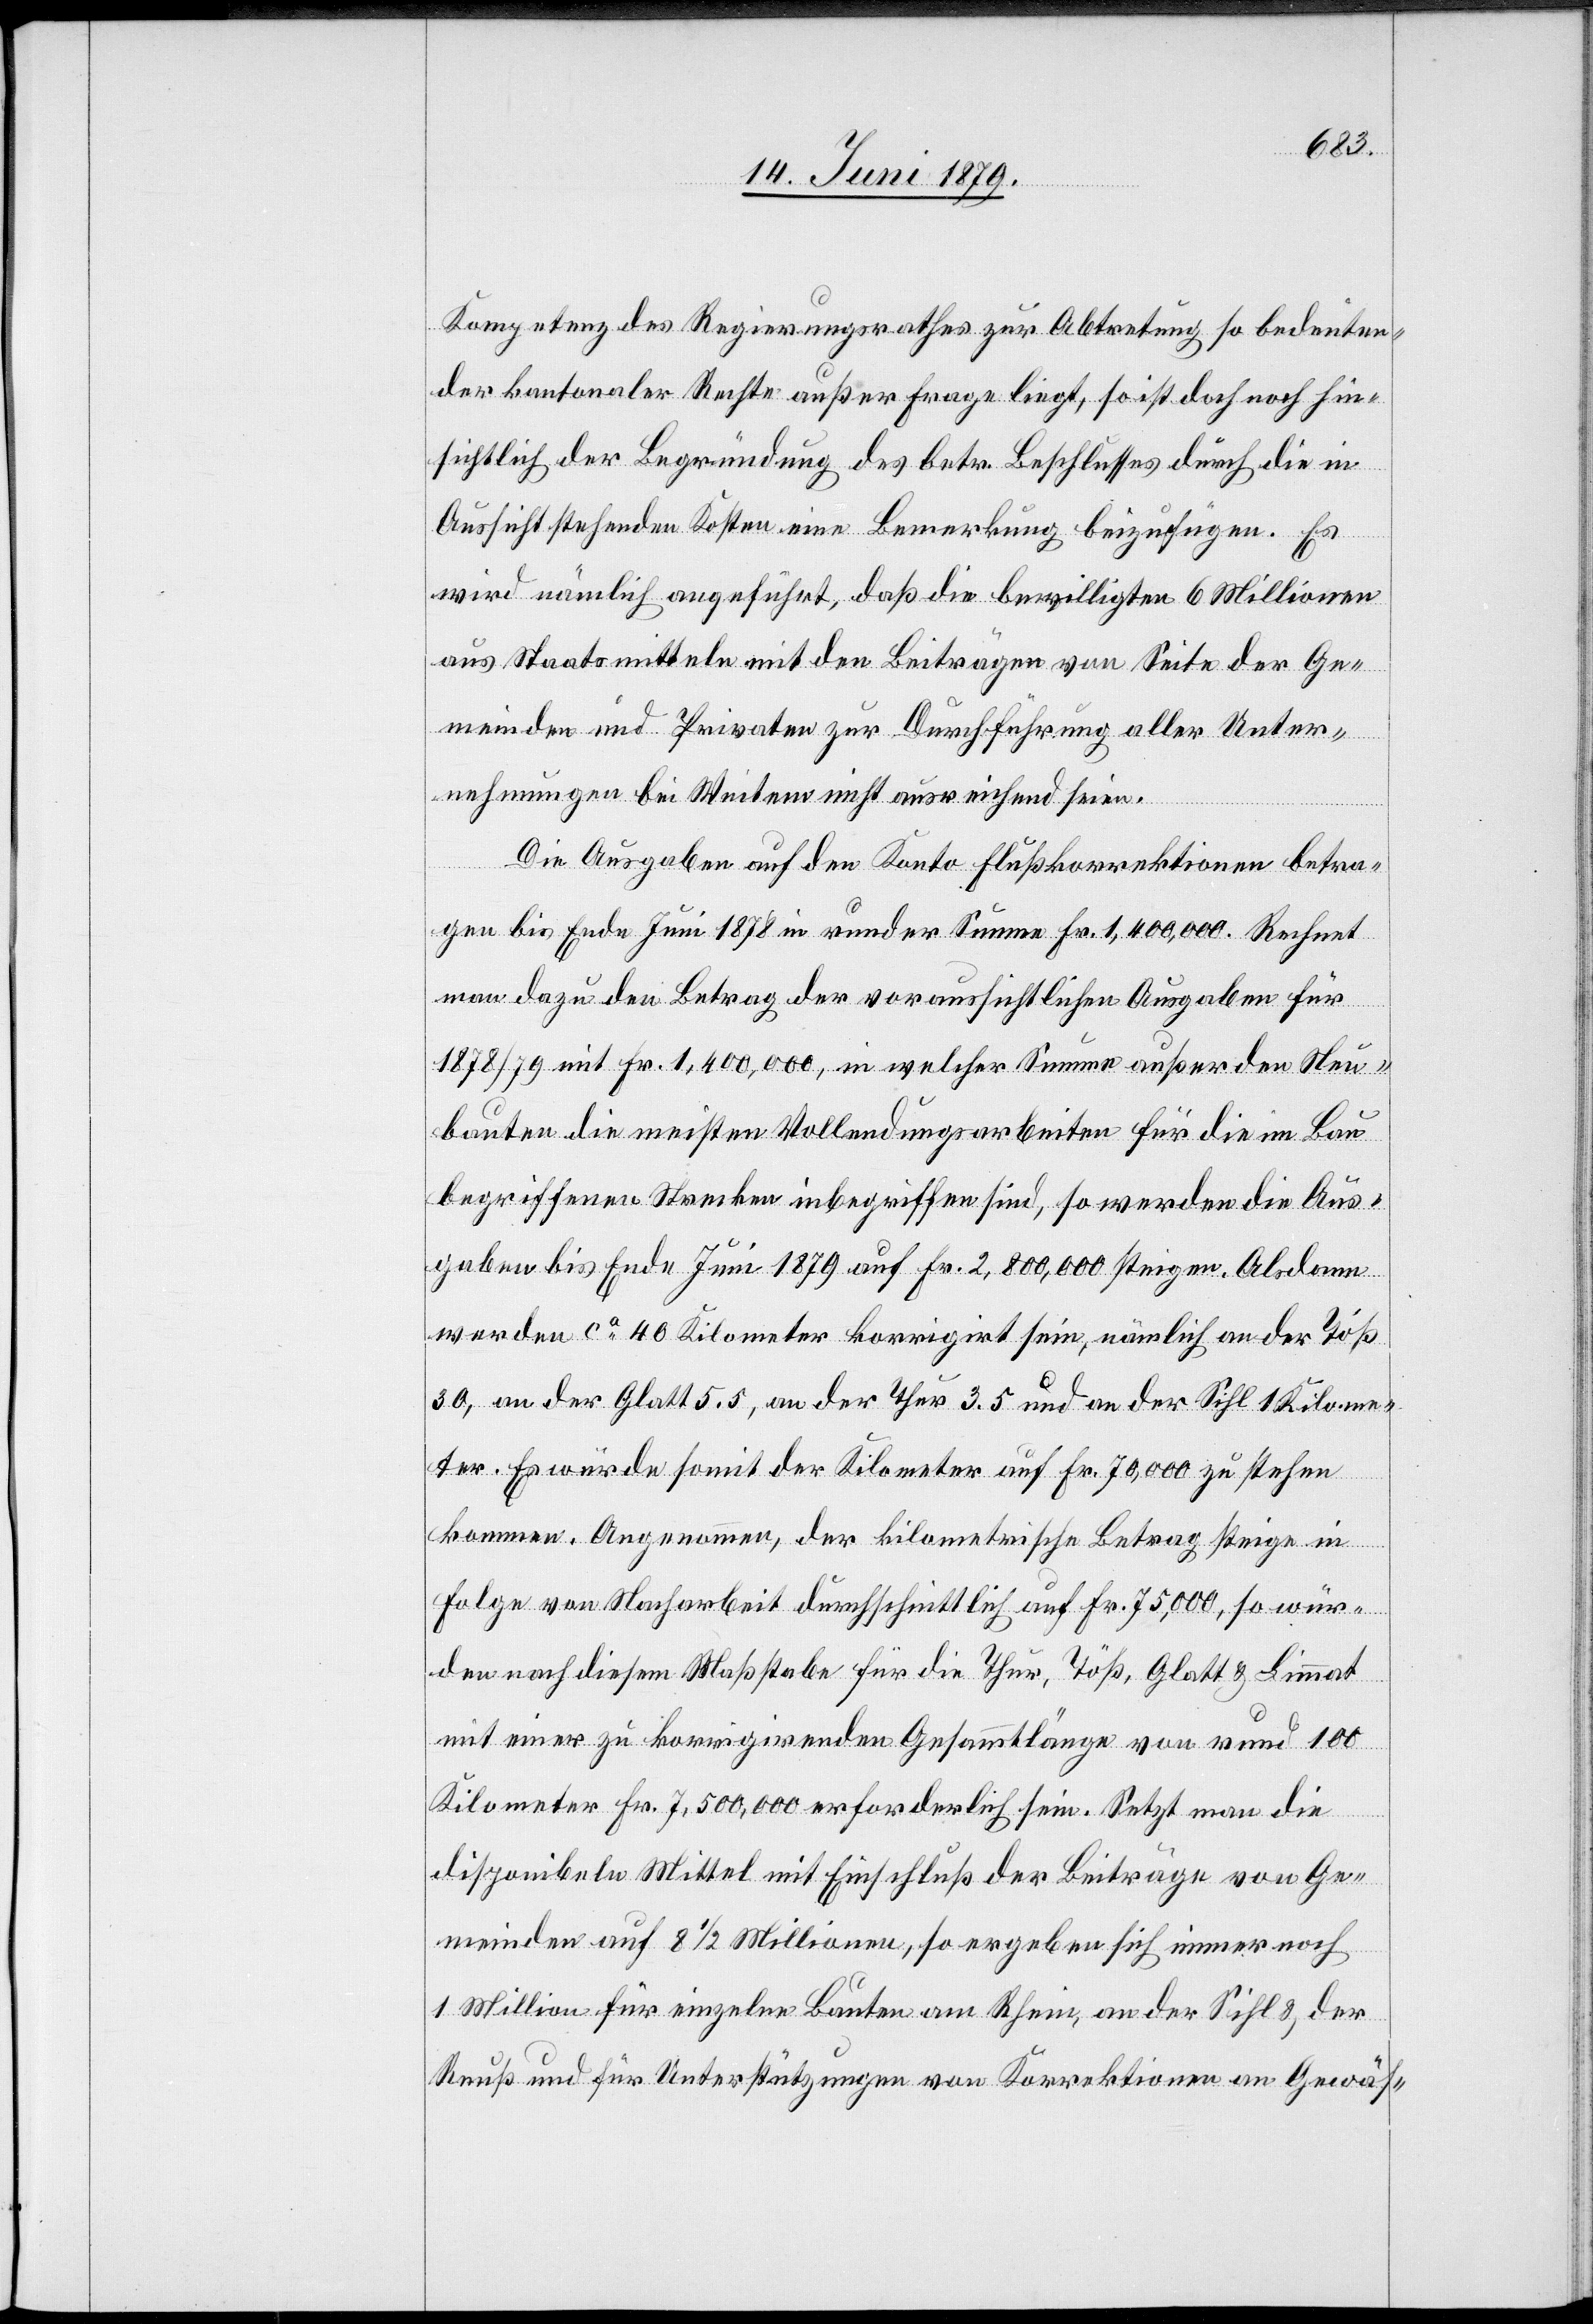
Kompetenz des Regierungsrathes zur Abtretung so bedeuten¬
der kantonaler Rechte außer Frage liegt, so ist doch noch hin¬
sichtlich der Begründung des betr. Beschlusses durch die in
Aussicht stehenden Kosten eine Bemerkungen beizufügen. Es
wird nämlich angeführt, daß die bewilligten 6 Millionen
aus Staatsmitteln mit den Beiträgen von Seite der Ge¬
meinden und Privaten zur Durchführung aller Unter¬
nehmungen bei Weitem nicht ausreichend seien.
Die Ausgaben auf den Konto Flußkorrektionen betra¬
gen bis Ende Juni 1878 in runder Summe Fr. 1,400,000. Rechnet
man dazu den Betrag der voraussichtlichen Ausgaben für
1878/79 mit Fr. 1,400,000, in welcher Summe außer den Neu¬
bauten die meisten Vollendungsarbeiten für die im Bau
begriffenen Strecken inbegriffen sind, so werden die Aus¬
gaben bis Ende Juni 1879 auf Fr. 2,800,00 steigen. Alsdann
werden ca 40 Kilometer korrigirt sein, nämlich an der Töß
30, an der Glatt 5.5, an der Thur 3.5 und an der Sihl 1 Kilome¬
ter. Es würde somit der Kilometer auf Fr. 70,000 zu stehen
kommen. Angenommen, der kilometrische Betrag steige in
Folge von Nacharbeit durchschnittlich auf Fr. 75,000, so wür¬
den nach diesem Maßstabe für die Thur, Töß, Glatt & Limmat
mit einer zu korrigirenden Gesammtlänge von rund 100
Kilometer Fr. 7,500,00 erforderlich sein. Setzt man die
disponibeln Mittel mit Einschluß der Beiträge von Ge¬
meinden auf 8 1/2 Millionen, so ergeben sich immer noch
1 Million für einzelne Bauten am Rhein, an der Sihl & der
Reuß und für Unterstützungen von Korrektionen an Gewäs-